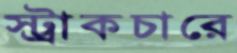
স্ট্রাকচারে